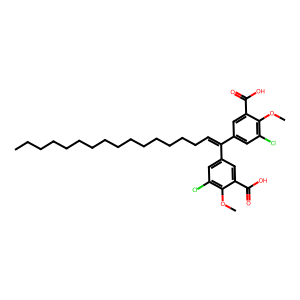
SMILES: CCCCCCCCCCCCCCCC=C(c1cc(Cl)c(OC)c(C(=O)O)c1)c1cc(Cl)c(OC)c(C(=O)O)c1
Inhibits HIV replication: No